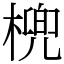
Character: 𣘛